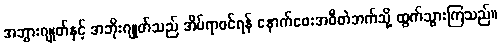
အဘွားဂျုတ်နှင့် အဘိုးဂျုတ်သည် အိပ်ရာဝင်ရန် နောက်ဖေးအဖီတဲဘက်သို့ ထွက်သွားကြသည်။